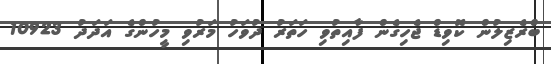
ބްރެޒިލުން ކޮވިޑް ޖެހިގެން ފާއިތުވި ހަތަރު ދުވަހު މަރުވި މީހުންގެ އަދަދު 10923